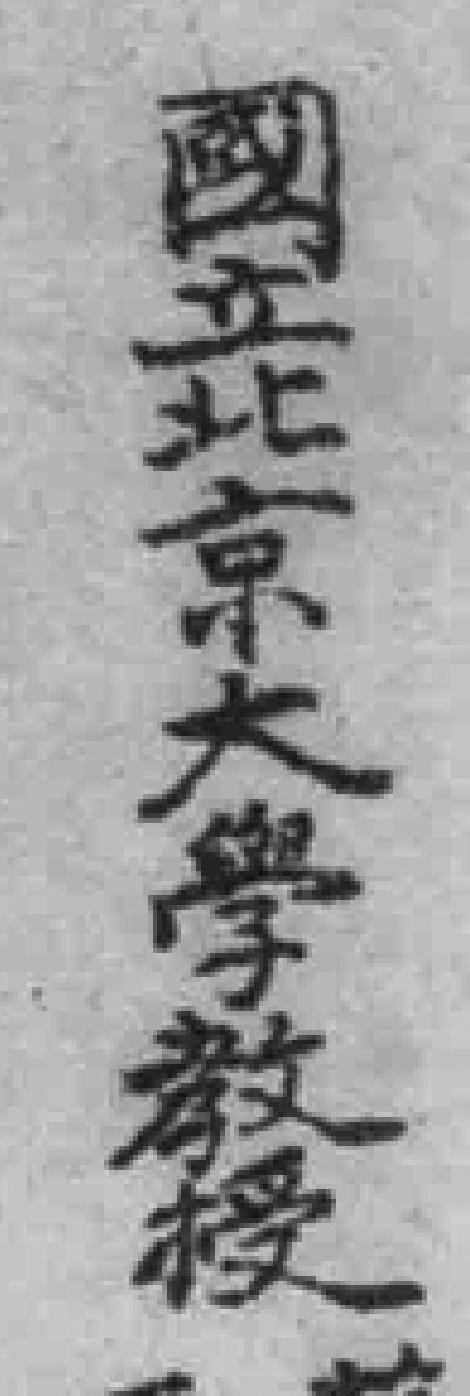
國北京大学教授